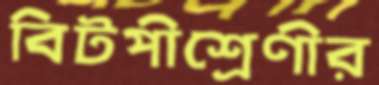
বিটপীশ্রেণীর